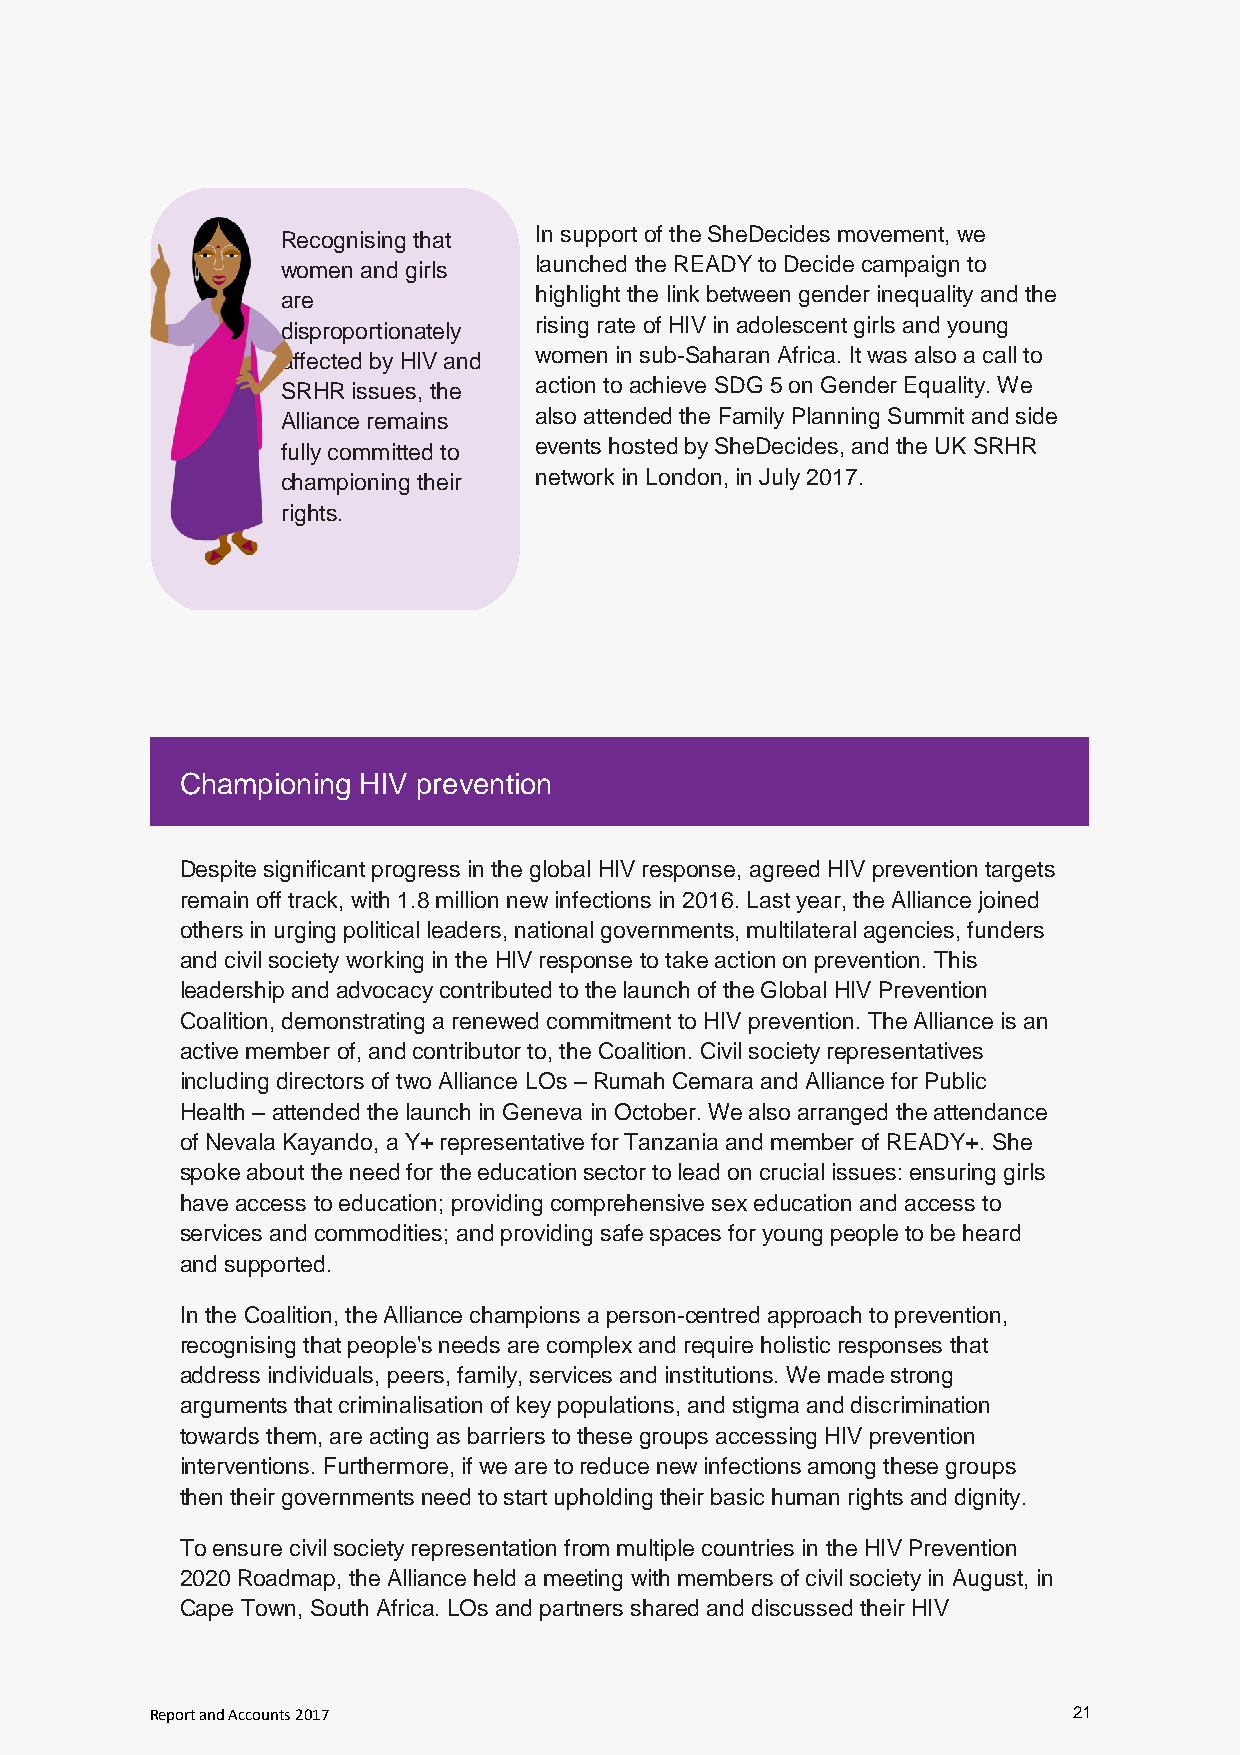
Recognising that In support of the SheDecides movement, we
 women and girls launched the READY to Decide campaign to
 are             highlight the link between gender inequality and the
 disproportionately rising rate of HIV in adolescent girls and young
 affected by HIV and women in sub-Saharan Africa. It was also a call to
 SRHR issues, the action to achieve SDG 5 on Gender Equality. We
 Alliance remains also attended the Family Planning Summit and side
 fully committed to events hosted by SheDecides, and the UK SRHR
 championing their network in London, in July 2017.
 rights.
 Championing HIV prevention
 Despite significant progress in the global HIV response, agreed HIV prevention targets
 remain off track, with 1.8 million new infections in 2016. Last year, the Alliance joined
 others in urging political leaders, national governments, multilateral agencies, funders
 and civil society working in the HIV response to take action on prevention. This
 leadership and advocacy contributed to the launch of the Global HIV Prevention
 Coalition, demonstrating a renewed commitment to HIV prevention. The Alliance is an
 active member of, and contributor to, the Coalition. Civil society representatives
 including directors of two Alliance LOs – Rumah Cemara and Alliance for Public
 Health – attended the launch in Geneva in October. We also arranged the attendance
 of Nevala Kayando, a Y+ representative for Tanzania and member of READY+. She
 spoke about the need for the education sector to lead on crucial issues: ensuring girls
 have access to education; providing comprehensive sex education and access to
 services and commodities; and providing safe spaces for young people to be heard
 and supported.
 In the Coalition, the Alliance champions a person-centred approach to prevention,
 recognising that people's needs are complex and require holistic responses that
 address individuals, peers, family, services and institutions. We made strong
 arguments that criminalisation of key populations, and stigma and discrimination
 towards them, are acting as barriers to these groups accessing HIV prevention
 interventions. Furthermore, if we are to reduce new infections among these groups
 then their governments need to start upholding their basic human rights and dignity.
 To ensure civil society representation from multiple countries in the HIV Prevention
 2020 Roadmap, the Alliance held a meeting with members of civil society in August, in
 Cape Town, South Africa. LOs and partners shared and discussed their HIV
 Report and Accounts 2017                                     21